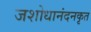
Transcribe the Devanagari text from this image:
जशोधानंदनकृत